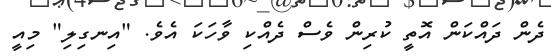
ދެން ދައްކަން އޮތީ ކުރިން ވެސް ދެއްކި ވާހަކަ އެވެ. "އިނގިލި" މިއީ